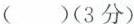
( )(3分)